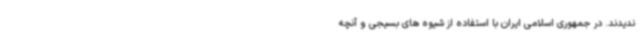
ندیدند. در جمهوری اسلامی ایران با استفاده از شیوه‌ های بسیجی و آنچه